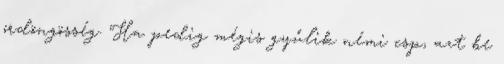
ördöngösség. Ha pedig mégis gyűlik némi csp, azt be